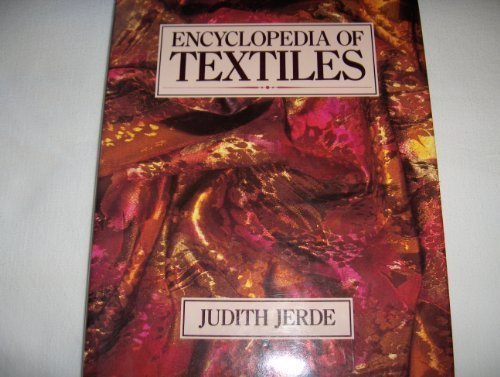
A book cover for Encyclopedia of Textiles; Judith Jerde; Crafts, Hobbies & Home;